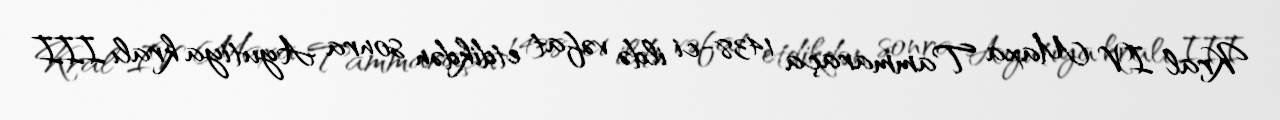
Kral IV Maxa Tammaraça 1438-ci ildə vəfat etdikdən sonra Ayutiya kralı III